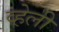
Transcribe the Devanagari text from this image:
व्हेली